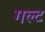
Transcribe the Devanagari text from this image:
गल्ट